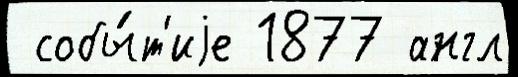
 собы́т'иjе 1877 англ